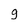
Character: 9